Lunatic asylums Bombay report 1878-1890 - 1878-1890
Year: 1878
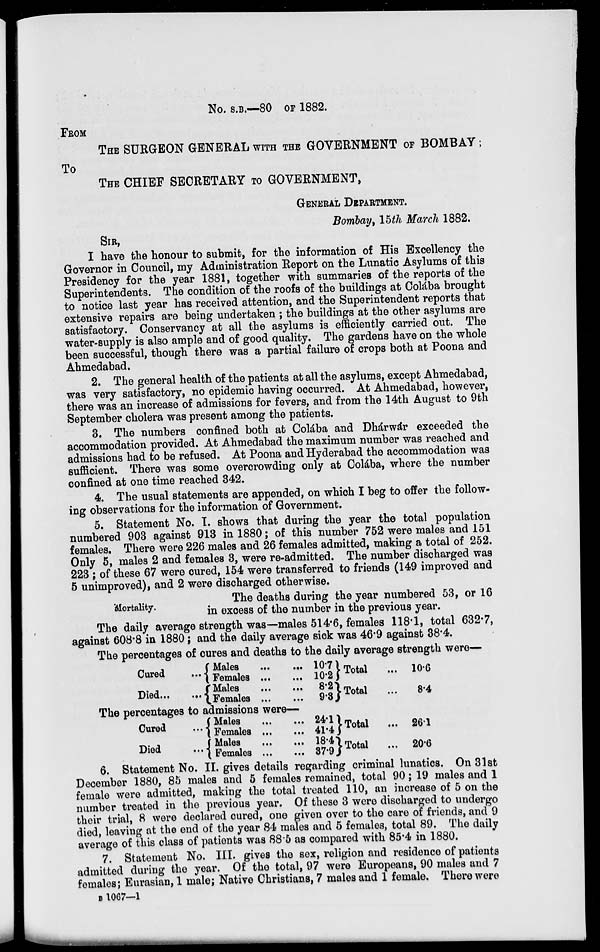
No. S.B.—80 OF 1882.
FROM
THE SURGEON GENERAL WITH THE GOVERNMENT OF BOMBAY;
To
THE CHIEF SECRETARY TO GOVERNMENT,
GENERAL DEPARTMENT.
Bombay, 15th March 1882.
SIR,
I have the honour to submit, for the information of His Excellency the
Governor in Council, my Administration Report on the Lunatic Asylums of this
Presidency for the year 1881, together with summaries of the reports of the
Superintendents. The condition of the roofs of the buildings at Colába brought
to notice last year has received attention, and the Superintendent reports that
extensive repairs are being undertaken ; the buildings at the other asylums are
satisfactory. Conservancy at all the asylums is efficiently carried out. The
water-supply is also ample and of good quality. The gardens have on the whole
been successful, though there was a partial failure of crops both at Poona and
Ahmedabad.
2. The general health of the patients at all the asylums, except Ahmedabad,
was very satisfactory, no epidemic having occurred. At Ahmedabad, however,
there was an increase of admissions for fevers, and from the 14th August to 9th
September cholera was present among the patients.
3. The numbers confined both at Colába and Dhárwár exceeded the
accommodation provided. At Ahmedabad the maximum number was reached and
admissions had to be refused. At Poona and Hyderabad the accommodation was
sufficient. There was some overcrowding only at Colába, where the number
confined at one time reached 342.
4. The usual statements are appended, on which I beg to offer the follow-
ing observations for the information of Government.
5. Statement No. I. shows that during the year the total population
numbered 903 against 913 in 1880; of this number 752 were males and 151
females. There were 226 males and 26 females admitted, making a total of 252.
Only 5, males 2 and females 3, were re-admitted. The number discharged was
223 ; of these 67 were cured, 154 were transferred to friends (149 improved and
5 unimproved), and 2 were discharged otherwise.
Mortality.
The deaths during the year numbered 53, or 16
in excess of the number in the previous year.
The daily average strength was—males 514.6, females 118.1, total 632.7,
against 608.8 in 1880; and the daily average sick was 46.9 against 38.4.
The percentages of cures and deaths to the daily average strength were—
Cared
...
Died ... ...
Males
...
...
Females ...
...
Males ... ...
Females ...
...
10.7
10.2
8.2
9.3
Total
... 10.6
Total
...
8.4
The percentages to admissions were—
Cured
...
Died
...
Males
...
...
Females ...
Males ... ...
Females
...
...
24.1
41.4
18.4
37.9
Total
... 26.1
Total
... 20.6
6. Statement No. II. gives details regarding criminal lunatics. On 31st
December 1880, 85 males and 5 females remained, total 90; 19 males and 1
female were admitted, making the total treated 110, an increase of 5 on the
number treated in the previous year. Of these 3 were discharged to undergo
their trial, 8 were declared cured, one given over to the care of friends, and 9
died, leaving at the end of the year 84 males and 5 females, total 89. The daily
average of this class of patients was 88.5 as compared with 85.4 in 1880.
7. Statement No. III. gives the sex, religion and residence of patients
admitted during the year. Of the total, 97 were Europeans, 90 males and 7
females; Eurasian, 1 male; Native Christians, 7 males and 1 female. There were
B 1067—1